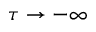
\tau \to - \infty